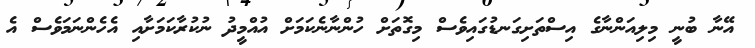
އޭނާ ބުނީ މިލިއަންނާގެ އިސްތަށިގަނޑުގައިވެސް މިގޮތަށް ހުންނާނެކަމަށް އުއްމީދު ނުކުރާކަމަށާއި އެހެންނަމަވެސް އެ